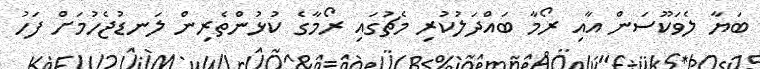
ބަޔާ ލެވަކޫސަން އާއި ރޯމާ ބައްދަލުކުރި މެޗުގައި ރޯމާގެ ކުޅުންތެރިން ލަނޑުޖެހުމަށް ފަހު